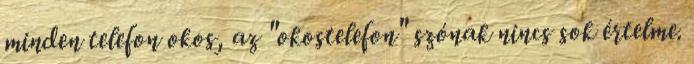
minden telefon okos, az "okostelefon" szónak nincs sok értelme.